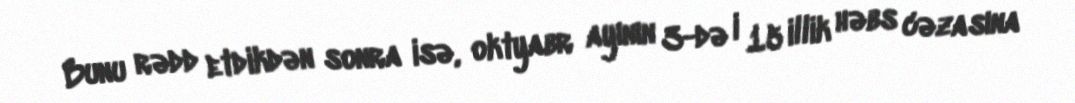
Bunu rədd etdikdən sonra isə, oktyabr ayının 3-də i 15 illik həbs cəzasına